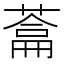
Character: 𮐯